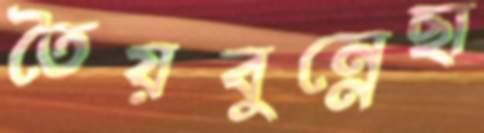
তৈয়বুন্নেছা